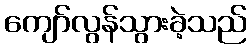
ကျော်လွန်သွားခဲ့သည်